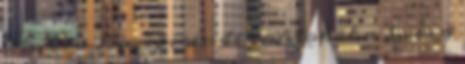
24., és a 25.napirendi pontokat a 3., és a